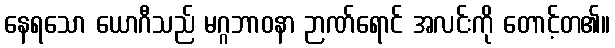
နေရသော ယောဂီသည် မဂ္ဂဘာဝနာ ဉာဏ်ရောင် အလင်းကို တောင့်တ၏။